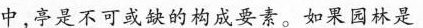
中，亭是不可或缺的构成要素。如果园林是